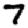
Digit: 7